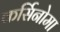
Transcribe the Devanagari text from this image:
कर्सिनोमा